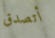
أتصدق